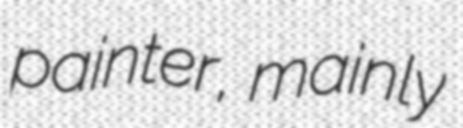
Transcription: painter, mainly